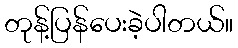
တုန့်ပြန်ပေးခဲ့ပါတယ်။